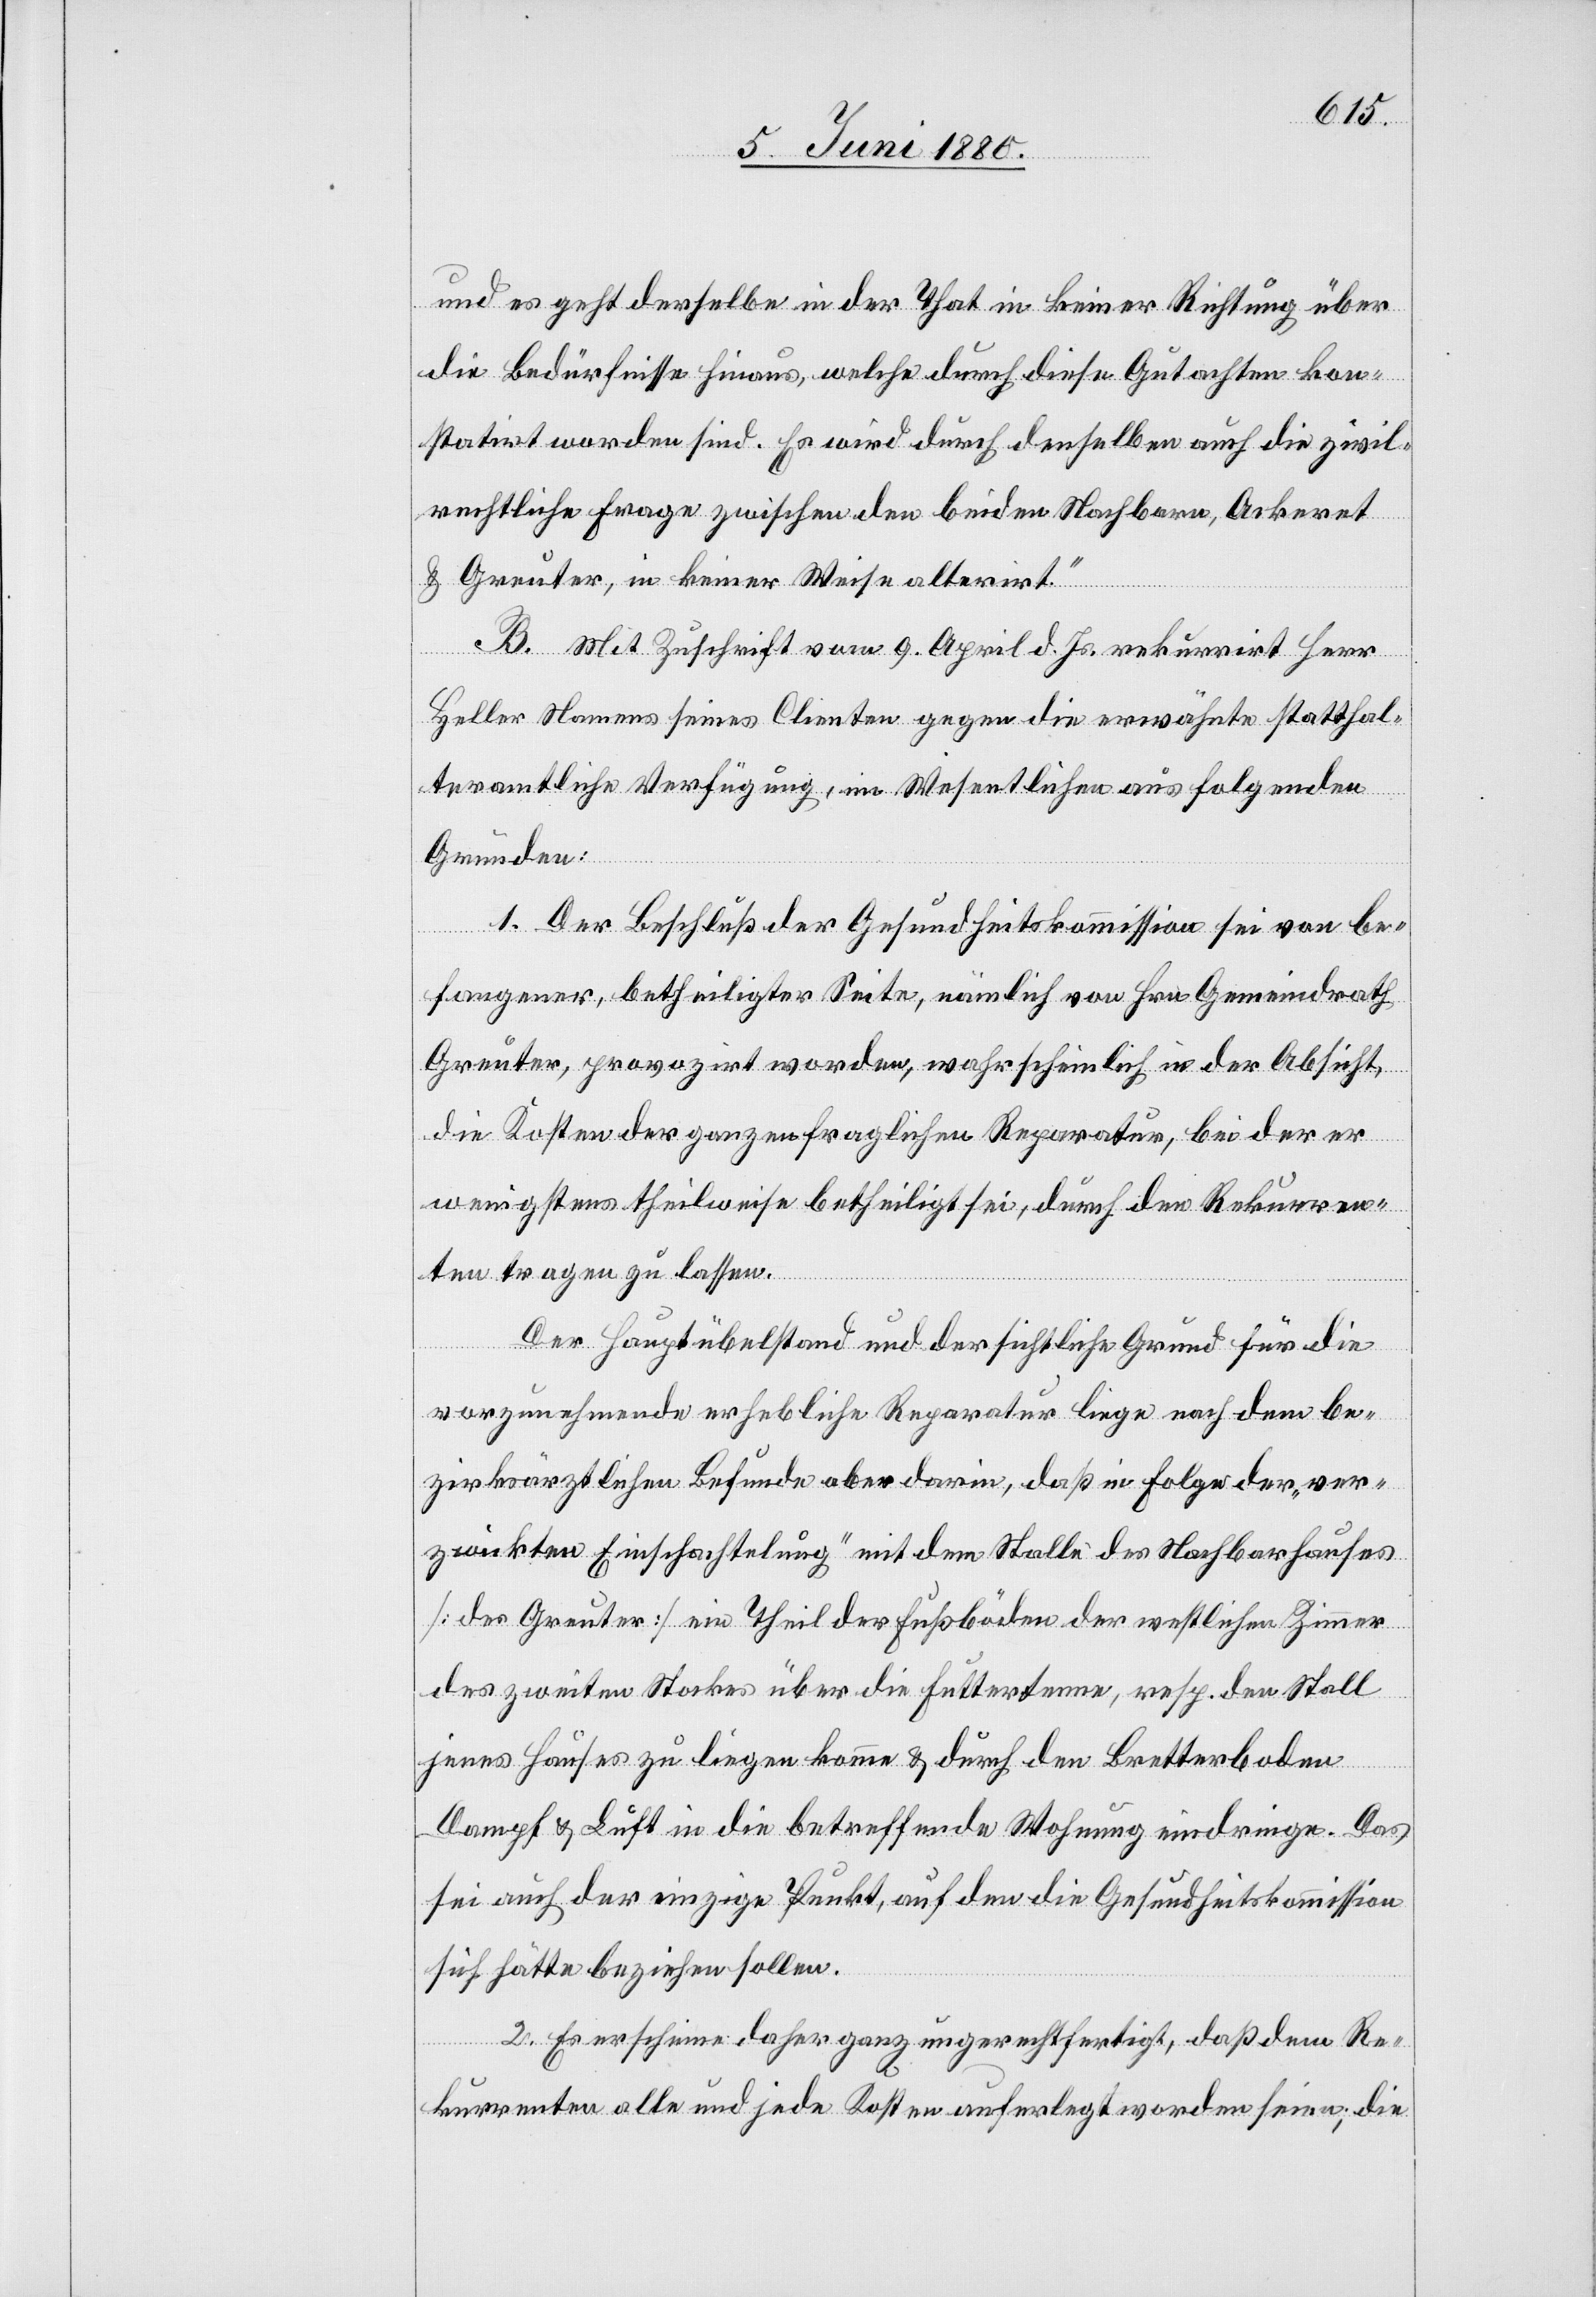
und es geht derselbe in der That in keiner Richtung über
die Bedürfnisse hinaus, welche durch diese Gutachten kon¬
statirt worden sind. Es wird durch denselben auch die zivil¬
rechtliche Frage zwischen den beiden Nachbarn, Ackeret
& Greuter, in keiner Weise alterirt.“
B. Mit Zuschrift vom 9. April d. Js. rekurrirt Herr
Heller Namens seines Clienten gegen die erwähnte statthal¬
teramtliche Verfügung, im Wesentlichen aus folgenden
Gründen:
1. Der Beschluß der Gesundheitskommission sei von be¬
fangener, betheiligter Seite, nämlich von Hrn. Gemeindrath
Greuter, provozirt worden, wahrscheinlich in der Absicht,
die Kosten der ganzen fraglichen Reparatur, bei der er
wenigstens theilweise betheiligt sei, durch den Rekurren¬
ten tragen zu lassen.
Der Hauptübelstand und der sichtliche Grund für die
vorzunehmende erhebliche Reparatur liege nach dem be¬
zirksärztlichen Befunde aber darin, daß in Folge der „ver¬
zwickten Einschachtelung“ mit dem Stalle des Nachbarhauses
[des Greuter] ein Theil der Fußböden der westlichen Zimmer
des zweiten Stockes über die Futtertenne, resp. den Stall
jenes Hauses zu liegen komme & durch den Bretterboden
Dampf & Luft in die betreffende Wohnung eindringe. Das
sei auch der einzige Punkt, auf den die Gesundheitskommission
sich hätte beziehen sollen.
2. Es erscheine daher ganz ungerechtfertigt, daß dem Re¬
kurrenten alle und jede Kosten auferlegt worden seien; die